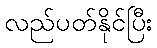
လည်ပတ်နိုင်ပြီး